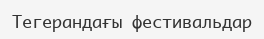
Тегерандағы фестивальдар